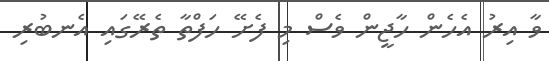
ވާ އިރު އެހެން ހާޖީން ވެސް މި ފެށޭ ހަފްތާ ތެރޭގައި އެނބުރި